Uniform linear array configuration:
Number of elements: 64
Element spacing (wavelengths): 0.75
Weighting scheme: cosine
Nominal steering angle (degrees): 30
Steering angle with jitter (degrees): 29.75
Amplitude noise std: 0.05
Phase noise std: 0.05

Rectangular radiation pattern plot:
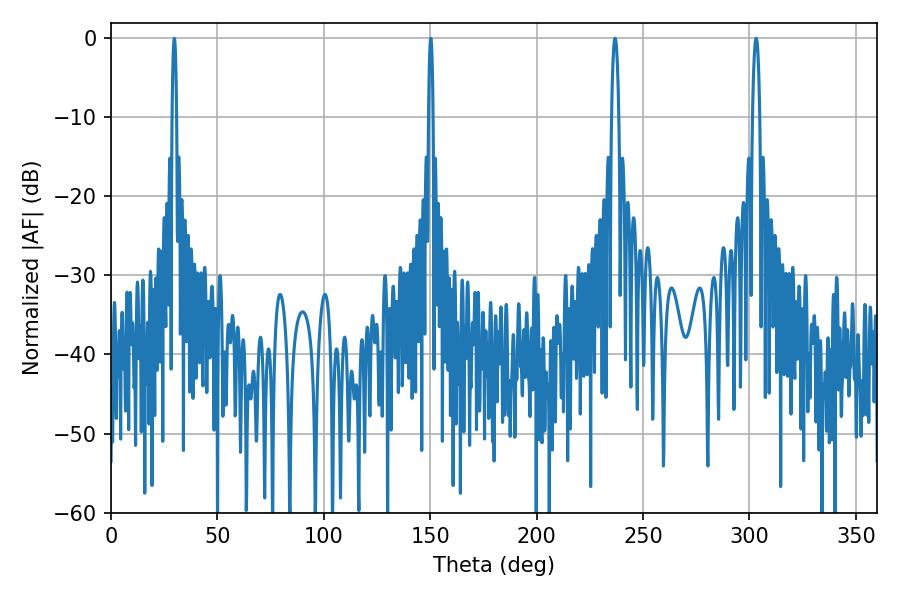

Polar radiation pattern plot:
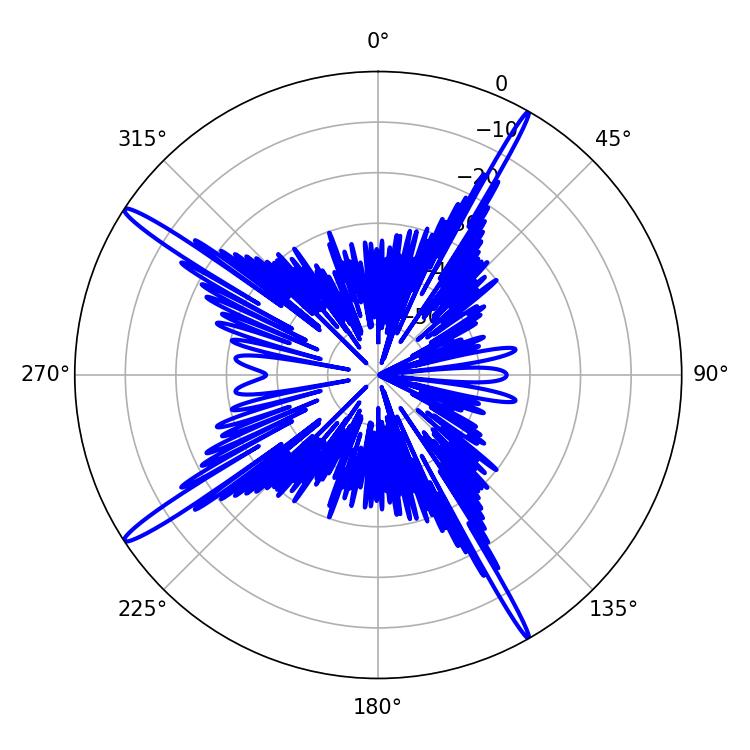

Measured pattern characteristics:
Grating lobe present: TRUE
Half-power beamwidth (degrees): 1.8
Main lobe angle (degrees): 303.12